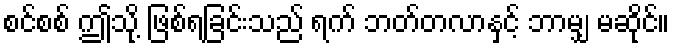
စင်စစ် ဤသို့ ဖြစ်ရခြင်းသည် ရက် ဘတ်တလာနှင့် ဘာမျှ မဆိုင်။